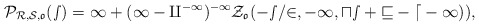
\begin{align*} \cal{P}_{\cal{R},\cal{S},\frak{o}}(s)=1+(1-q^{-1})^{-1}\cal{Z}_\frak{o}(-s/2,-1,us+v-d-1)), \end{align*}